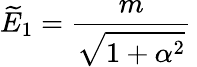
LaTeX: \widetilde E_{1}=\frac{m}{\displaystyle\sqrt{1+\alpha^{2}}}\,